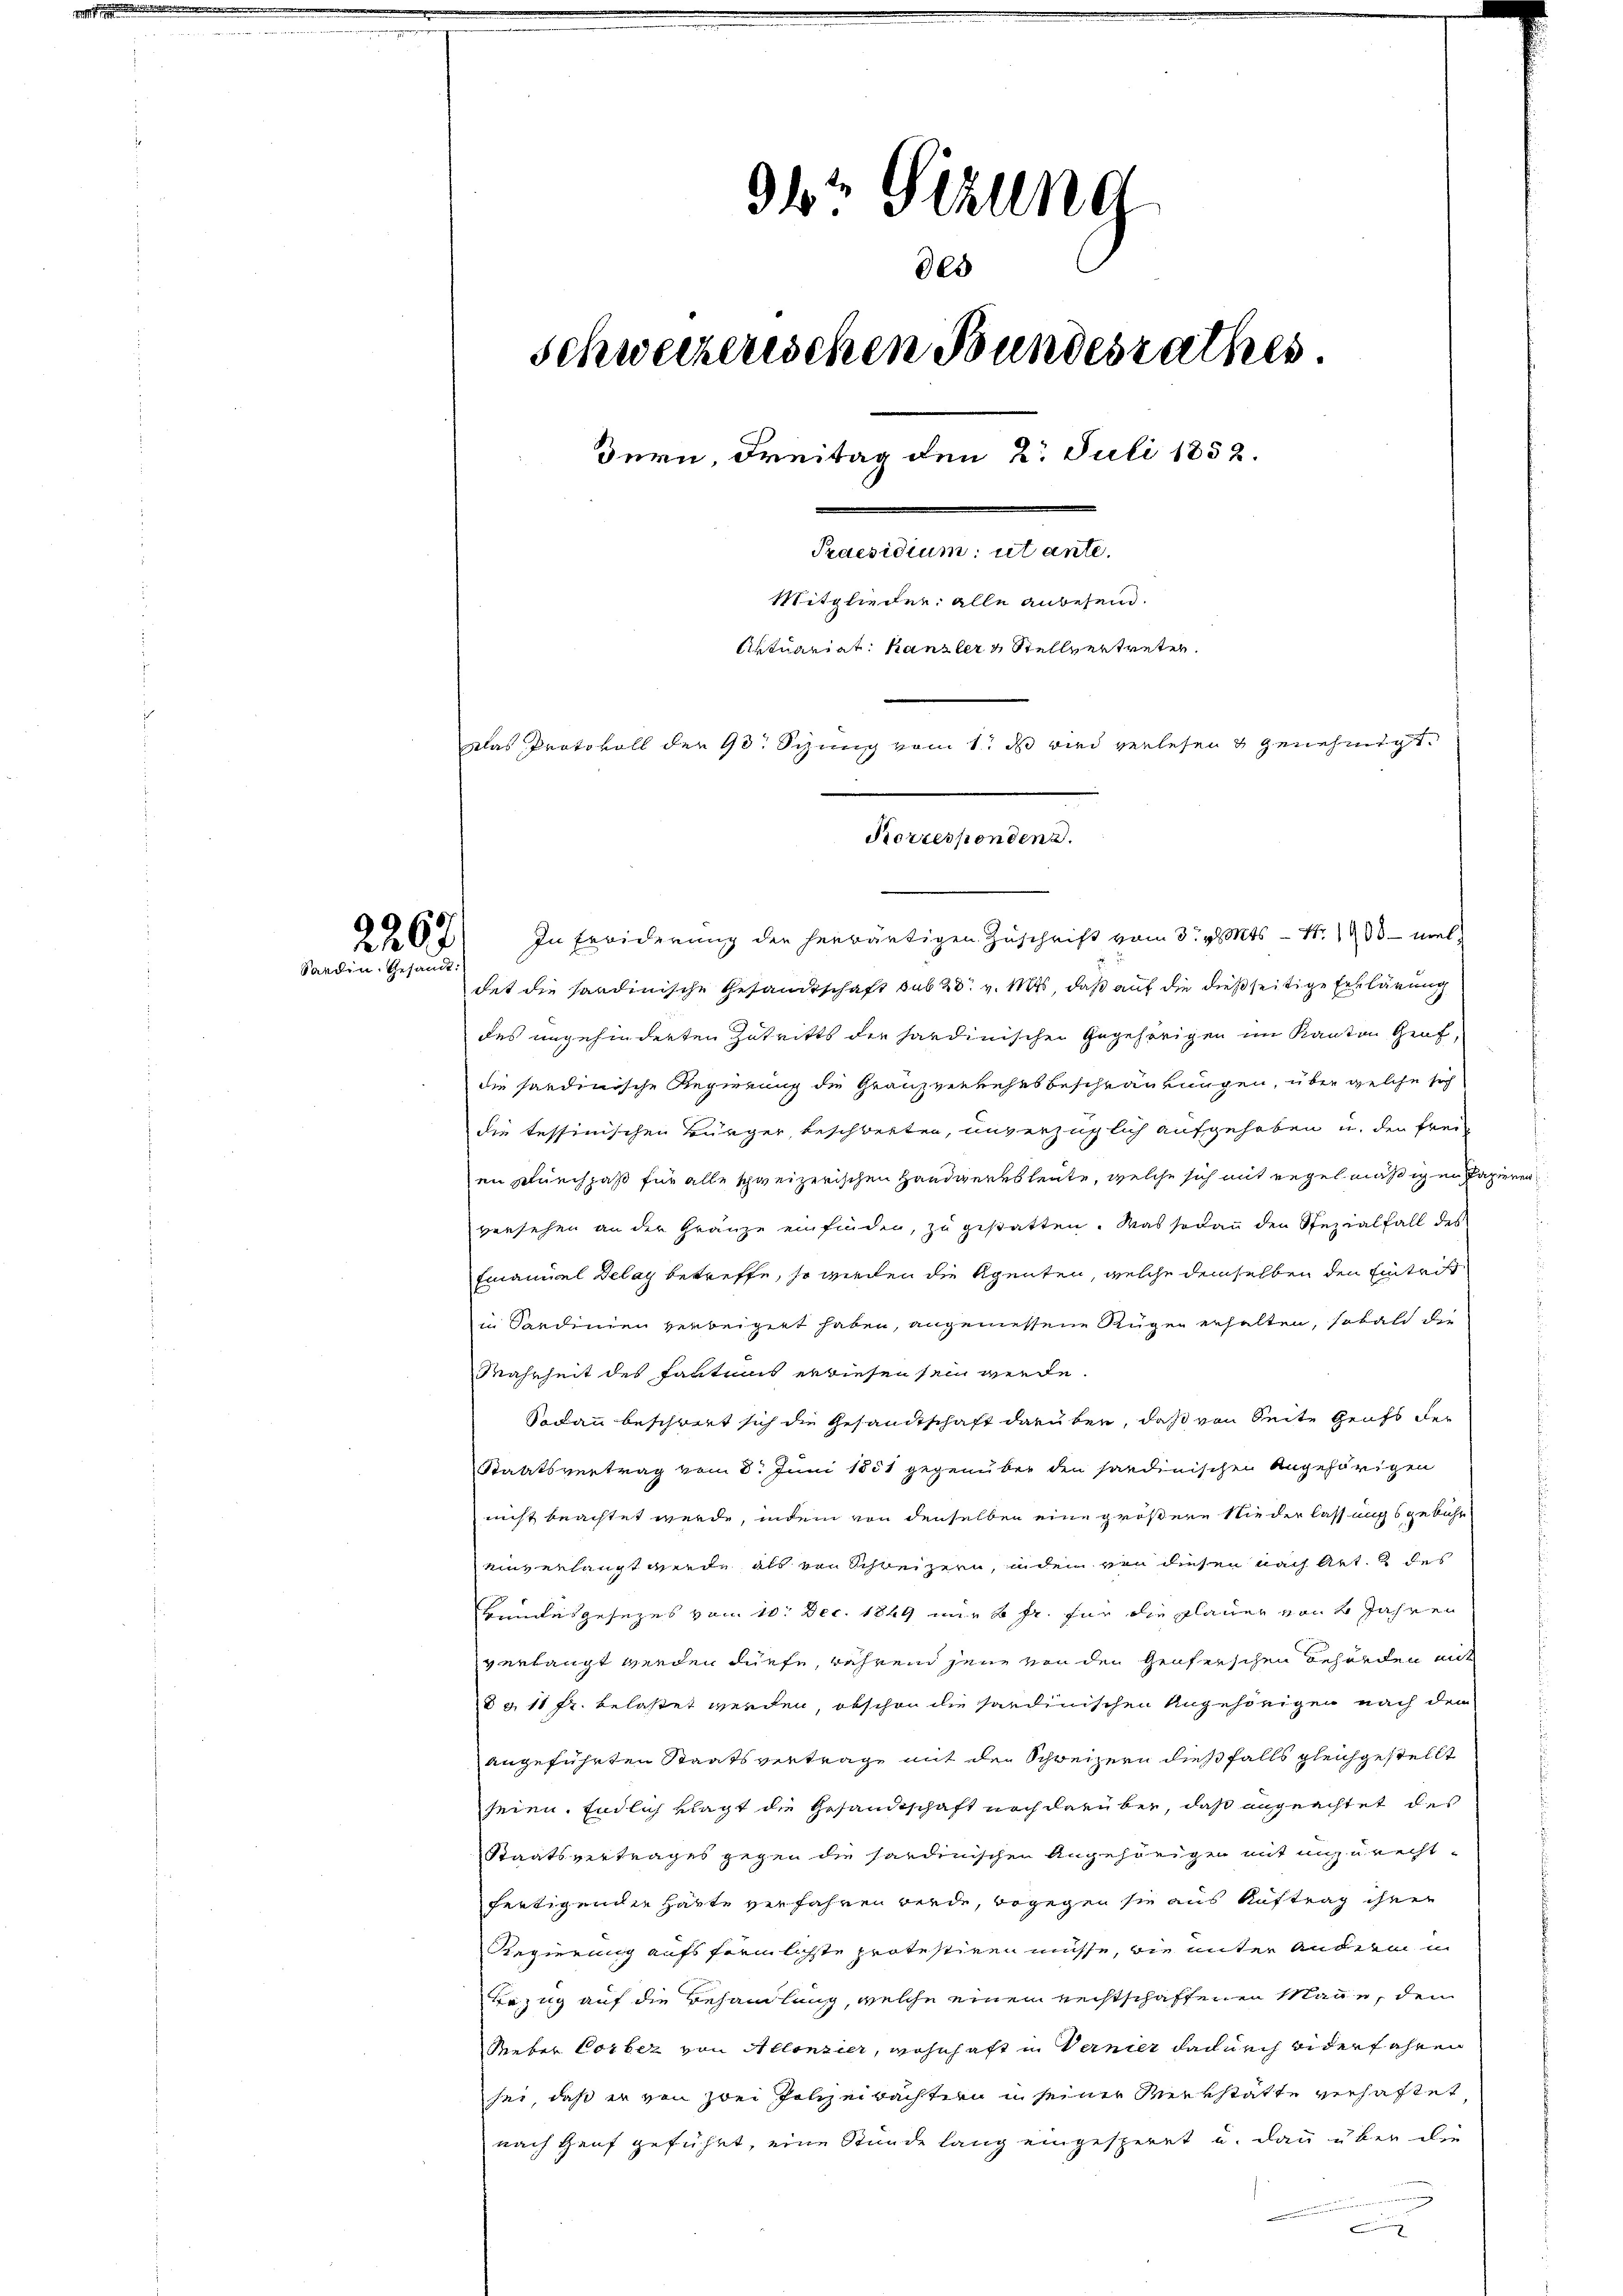
2267
Sardin. Gesandt:

96 Sezung
Schweizerischen Bundesrathes.
Bern, Freitag den 2. Juli 1852.
Praesidium ut ante.
Mitglieder: alle anbesein.
Aktuariat Kanzler & Stellvertreten.
Das Protokoll der 90 Sizung vom 1. ds wird verlesen & genehmigt.
Korresponden d.

des

In Erwiderung der herwärtigen Zuschrift vom 3. v. Mts. – N. 1900 meldet die sandinische Gesandtschaft sub 28. v. Mts, daß auf die dießseitige Erklärung
des angehinderten Zutritts der sardinischen Gegehörigen im Kanton Genf,
die sardinische Regierung die Granzverkehrsbeschränkungen, über welche sich
die tessinischen Bürger, beschwerten, unverzüglich aufgehoben u. den Frei-
en Durchpaß für alle schweizerischen Handwerksleute, welche sich mit regelmäßigen Papieren
versehen an der Gränze einfinden, zu gestatten. Was sodann den Spezialfall des
Emanuel Delay betreffe, so werden die Agenten, welche demselben den Eintritt
in Sardinien verbeigert haben, angemessene Rügen erhalten, sobald die
Wahrheit des Faktums erwiesen sein werde.
Sodann beschwert sich die Gesandtschaft darüber, daß von Seite Grufs der
Staatsvertrag vom 8. Juni 1881 gegenüber den sandinischen Angehörigen
nicht beachtet werde, indem von denselben eine größere Wieder lassungs gebühr
einverlangt werde, als von Schweizern, indem von diesen nach Art. des
Hundesgesezes vom 10. Dec. 1849 nur 6 fr. für die plauer von 4 Jahren
verlangt werden dürfe, während jene von den Genferschen Behörden mit
d §. 11 Fr. belastet werden, obschon die sardinischen Angehörigen nach dem
angeführten Staatsvertrag mit den Schweizern dießfalls gleichgestellt
seien. Endlich klagt die Gesandtschaft noch darüber, daß angeachtet des
Staatsvertrages gegen die sardinischen Angehörigen mit anzurechtfertigenden Harte verfahren werde, begegen sie aus Auftrag ihrer
Regierung aufs förmlichste protestiren müsse, wie unter andere in
Bezug auf die Behandlung, welche einem rechtschaffenen Manne, den
Weber Corber von Allonsier, wohnhaft in Vernier dadurch widerfahren
sei, daß er von zwei Polizeibachtern in seiner Merkstätte verhaftet
nach Genf geführt, eine Stunde lang eingesperet u. dann über die